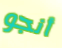
أنجو